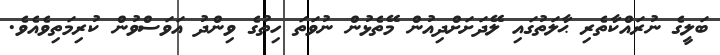
ބަލީގެ ނުރައްކާތެރި ޙާލަތުގައި ލޭދަށަށްދިއުން މޭތެޅުން ނުވަތަ ހިތުގެ ވިންދު އަވަސްވުން ކުރިމަތިވެއެވެ.